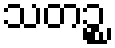
သတဉ္စ